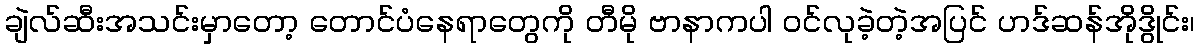
ချဲလ်ဆီးအသင်းမှာတော့ တောင်ပံနေရာတွေကို တီမို ဗာနာကပါ ဝင်လုခဲ့တဲ့အပြင် ဟဒ်ဆန်အိုဒွိုင်း၊